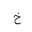
Letter: _kha